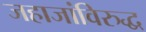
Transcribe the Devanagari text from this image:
जहाजांविरुद्ध